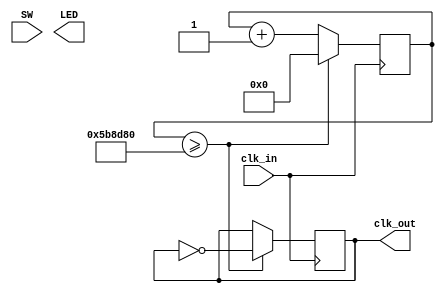
module Clock_2_Hz (
 input clk_in,
 input [1:0] SW,
 output [1:0] LED,
 output clk_out
);
 reg [24:0] cnt=1;
 reg tick=0;
 always @(negedge clk_in )
	begin
		cnt<= cnt +1;
	
if(cnt>= 6000000)
		begin
		cnt <= 0;
		tick=~tick;
		end
		end

 assign clk_out = tick;
endmodule